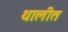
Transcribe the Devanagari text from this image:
थालीत